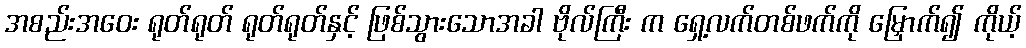
အစည်းအဝေး ရုတ်ရုတ် ရုတ်ရုတ်နှင့် ဖြစ်သွားသောအခါ ဗိုလ်ကြီး က ရှေ့လက်တစ်ဖက်ကို မြှောက်၍ ကိုယ့်